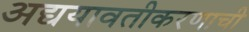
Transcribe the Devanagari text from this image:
अद्ययावतीकरणाची